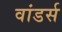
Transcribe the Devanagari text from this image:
वांडर्स